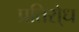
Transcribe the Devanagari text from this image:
प्रतिरो्ध